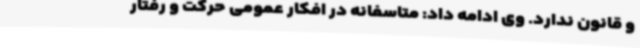
و قانون ندارد. وی ادامه داد: متاسفانه در افکار عمومی حرکت و رفتار